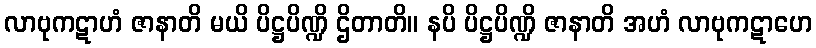
လာဗုကဋာဟံ ဇာနာတိ မယိ ပိဋ္ဌပိဏ္ဍိ ဌိတာတိ။ နပိ ပိဋ္ဌပိဏ္ဍိ ဇာနာတိ အဟံ လာဗုကဋာဟေ